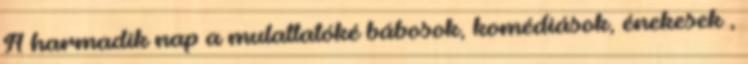
A harmadik nap a mulattatóké bábosok, komédiások, énekesek ,